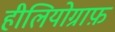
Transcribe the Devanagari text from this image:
हीलियोग्राफ़